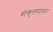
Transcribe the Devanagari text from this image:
गोकुलपालन